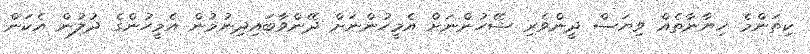
ކިތަންމެ ޚިޔާނާތެއް ވިޔަސް ދީންވެރި ޝޭހުންނަށް އެމީހުންނަށް ދޭންވާބައިދިނުމުން އެމީހުންގެ ދުލުން އެކަން